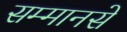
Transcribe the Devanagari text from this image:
सम्मानसे